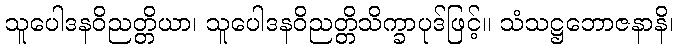
သူပေါဒနဝိညတ္တိယာ၊ သူပေါဒနဝိညတ္တိသိက္ခာပုဒ်ဖြင့်။ သံသဋ္ဌဘောဇနာနိ၊